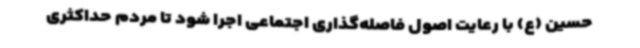
حسین (ع) با رعایت اصول فاصله‌گذاری اجتماعی اجرا شود تا مردم حداکثری